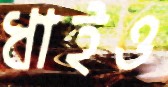
ধাইও